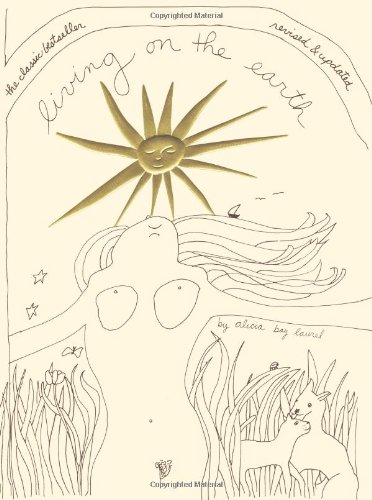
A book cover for Living on the Earth; Alicia Bay Laurel; Arts & Photography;